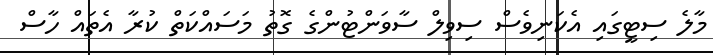
މާލެ ސިޓީގައި އެކަނިވެސް ސިވިލް ސާވަންޓުންގެ ގޮތު މަސައްކަަތް ކުރާ އެތައް ހާސް